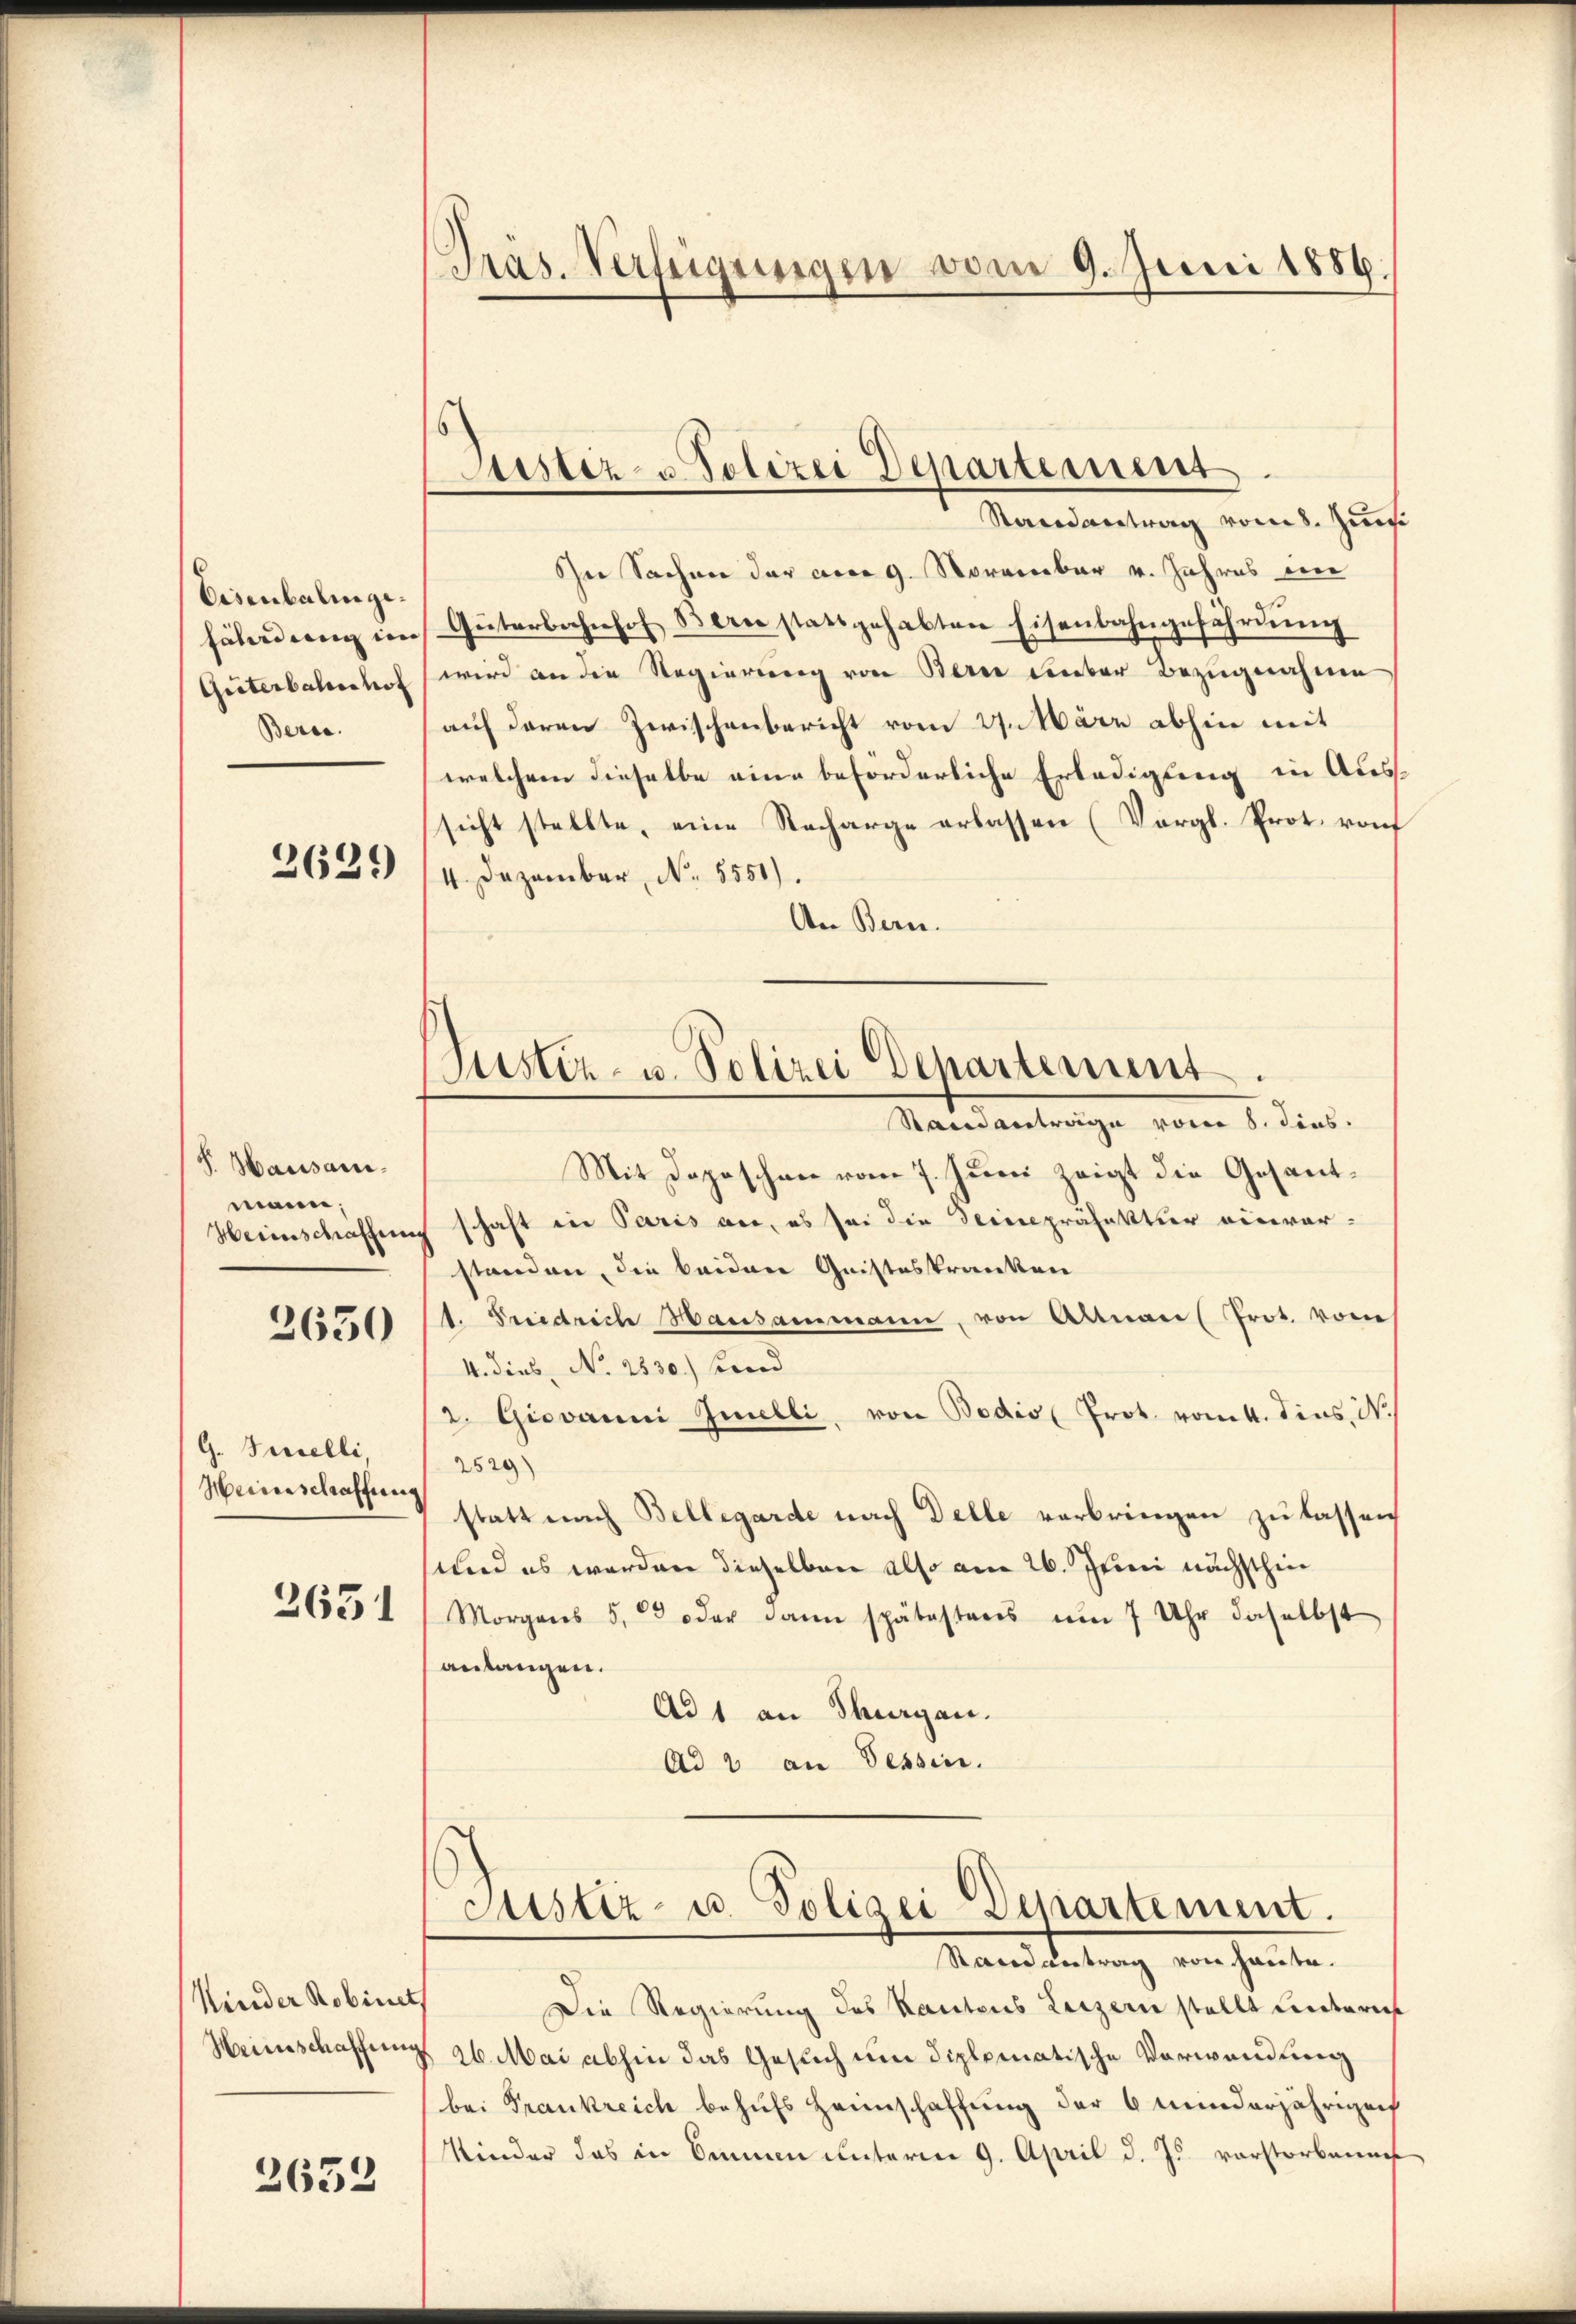
Eisenbalinge¬
Güterbahnhof
Berde.

2621)

S. Hausammann;
Heiinschaffen
G. Geselli,
Heinschaffung
2651

2650

Kinder Robinets
Weinschaffung

2652

Präs. Verfeigungen vom 9. Juni 1886.

In Sachen der acco 9. November v. Jahres in
fäldung im Güterbahnhof dern stattgehabten Eisenbahngeführŭng
wird an die Regierung von Bern unter Bezugnahme
auf deren Zwischenbericht vom 27. März abhin mit
welchem dieselbe eine beförderliche Erledigung in Aussicht stellte, eine Nacharge erlassen (Vergl. Prot. von
4. Dezember, N. 5551).
An Bern.

Atister- u Polizei Departement
Randantrag vom 8. Juni

Sistiz- u. Polizei Departement
Standantrage vom 6. dies

Mit Daposchen vom 7. Juni zeigt die Gesandschaft in Paris an, es sei die Deine präfektion einvor-
standen, die beiden Geisteskranken
1. Friedrich Hausammann, von Altani Prot. vom
4. dies, No 2530.) Fond
2. Giovanni Zmelli, von Bodis (Prot. vom 4. dies N.
2529)
statt nach Bellegarde nach Delle verbringen zu lassen
und es werden dieselben also am 26. Juni nächsthin
Morgens 5, oder dann spätestens um 7 Uhr daselbst
anlangen.
Ad 1 an Thurgau.
Ad 2 an Tessin.

Justiz- u. Polizei-Departement.
Randantrag von Haute.

Die Regierung des Kantons Luzern stellt untern
26. Mai abhin das Gesuch um diplomatische Vorwandlung
bei Frankreich behufs Heimschaffung der 6 minderjährigen
Kinder das in Ammen unterm 9. April d. J. vorstorbenef